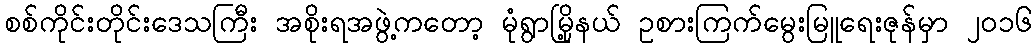
စစ်ကိုင်းတိုင်းဒေသကြီး အစိုးရအဖွဲ့ကတော့ မုံရွာမြို့နယ် ဥစားကြက်မွေးမြူရေးဇုန်မှာ ၂၀၁၆